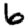
Digit: 6